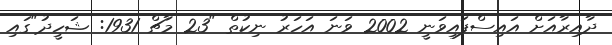
ދާއިރާއަށް އައިސްފައިވަނީ 2002 ވަނަ އަހަރު ނިކުތް "23 މާޗް 1931: ޝަހީދު"ގައި